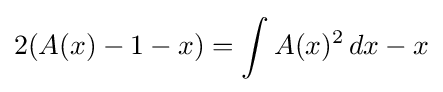
2(A(x)-1-x)=\int A(x)^{2}\,dx-x